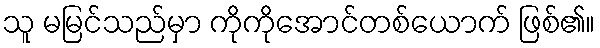
သူ မမြင်သည်မှာ ကိုကိုအောင်တစ်ယောက် ဖြစ်၏။